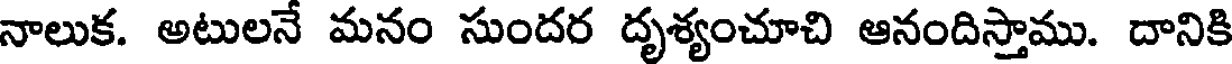
నాలుక. అటులనే మనం సుందర దృశ్యంచూచి ఆనందిస్తాము. దానికి